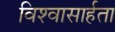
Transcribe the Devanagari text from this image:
विश्‍वासार्हता